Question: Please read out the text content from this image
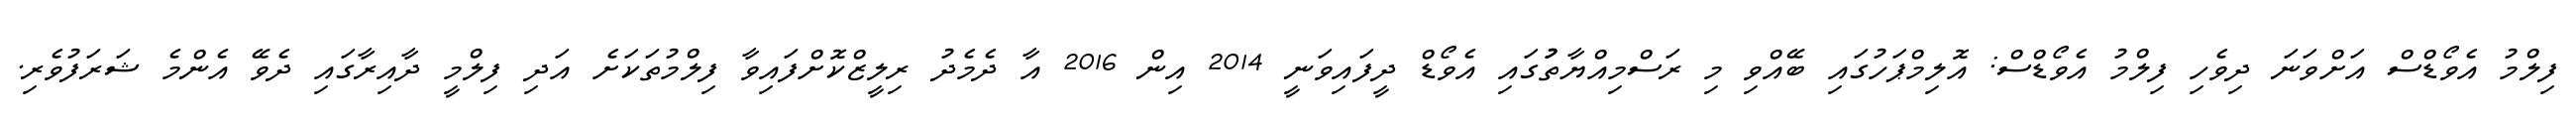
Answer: ފިލްމު އެވޯޑްސް އަށްވަނަ ދިވެހި ފިލްމު އެވޯޑްސް: އޮލިމްޕަހުގައި ބޭއްވި މި ރަސްމިއްޔާތުުގައި އެވޯޑް ދީފައިވަނީ 2014 އިން 2016 އާ ދެމެދު ރިލީޒްކޮށްފައިވާ ފިލްމުތަކަށެ އަދި ފިލްމީ ދާއިރާގައި ދެވޭ އެންމެ ޝަރަފުވެރި.